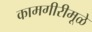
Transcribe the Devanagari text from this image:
कामगीरीमूळे